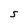
Character: S